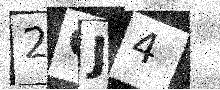
Text: 2OJ4